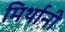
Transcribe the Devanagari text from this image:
मिर्थानी